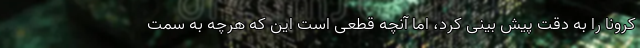
کرونا را به دقت پیش بینی کرد، اما آنچه قطعی است این که هرچه به سمت